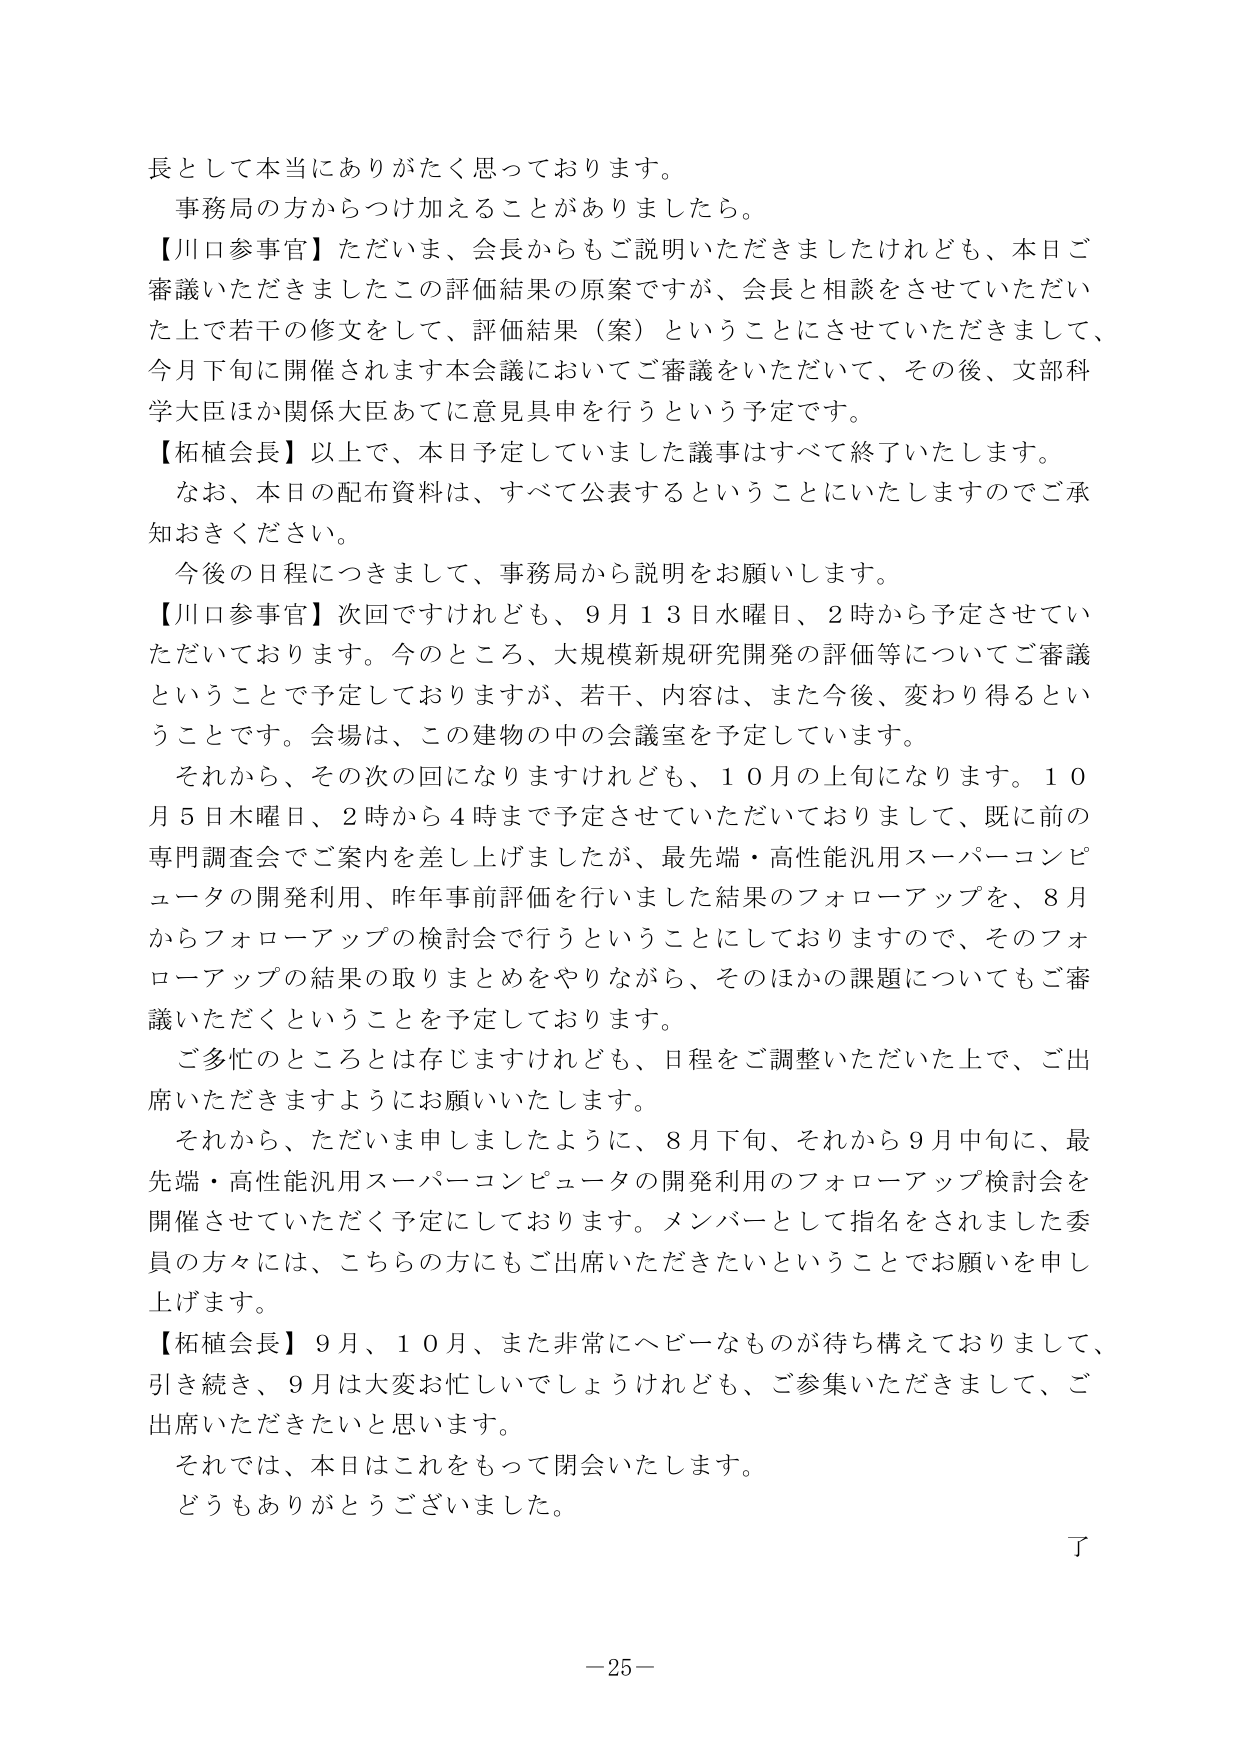
長として本当にありがとうございます。
事務局の方からつけ加えることがありましたら。
【川口参事官】ただいま、会長からもご説明いただきましたけれども、本日ご審議いただきましたこの評価結果の原案ですが、会長と相談をさせていただいた上で若干の修正をして、評価結果（案）ということにさせていただきまして、今月下旬に開催されます本会議においてご審議をいただいて、その後、文部科学大臣ほか関係大臣あてに意見具申を行うという予定です。
【柘植会長】以上で、本日予定していました議事はすべて終了いたします。
なお、本日の配布資料は、すべて公表するということにいたしますのでご承知おきください。
今後の日程につきまして、事務局から説明をお願いします。
【川口参事官】次回ですけれども、9月13日水曜日、2時から予定させていただいております。今のところ、大規模新規研究開発の評価等についてご審議ということで予定しておりますが、若干、内容は、また今後、変わり得るということです。会場は、この建物の中の会議室を予定しています。
それから、その次の回になりますけれども、10月の上旬になります。10月5日木曜日、2時から4時まで予定させていただいておりまして、既に前の専門調査会でご案内を差し上げましたが、最先端・高性能汎用スーパーコンピュータの開発利用、昨年事前評価を行いました結果のフォローアップを、8月からフォローアップの検討会で行うということでおりますので、そのフォローアップの結果の取りまとめをやりながら、そのほかの課題についてもご審議いただくということを予定しております。
ご多忙のところとは存じますけれども、日程をご調整いただいた上で、ご出席いただきますようにお願いいたします。
それから、ただいま申しましたように、8月下旬、それから9月中旬に、最先端・高性能汎用スーパーコンピュータの開発利用のフォローアップ検討会を開催させていただく予定にしております。メンバーとして指名をされました委員の方々には、こちらの方にもご出席いただきたいということでお願いを申し上げます。
【柘植会長】9月、10月、また非常にヘビーなもののが待ち構えておりまして、引き続き、9月は大変お忙しいでしょうけれども、ご参集いただきまして、ご出席いただきたいと思います。
それでは、本日はこれをもって閉会いたします。
どうもありがとうございました。
了
－25－